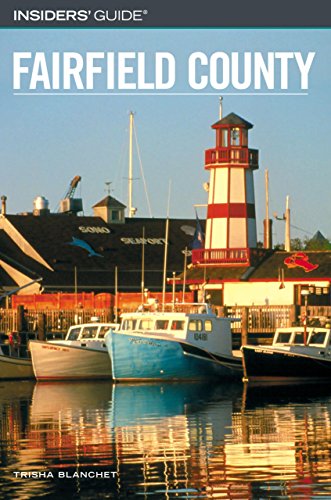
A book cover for Insiders' Guide to Fairfield County (Insiders' Guide Series); Trisha Blanchet; Travel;